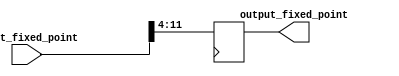
module fixed_point_converter (
    input signed [15:0] input_fixed_point,
    output reg signed [7:0] output_fixed_point
);

reg signed [3:0] integer_input;
reg signed [11:0] fractional_input;
reg signed [2:0] integer_output;
reg signed [4:0] fractional_output;
reg signed [15:0] scaled_input;

// Determine number of integer and fractional bits in input format
assign integer_input = input_fixed_point[15:12];
assign fractional_input = input_fixed_point[11:0];

// Determine number of integer and fractional bits in output format
assign integer_output = 4;
assign fractional_output = 8;

// Determine scaling factor to convert between input and output formats
assign scaled_input = input_fixed_point << 4;

// Perform necessary calculations using adders and shifters
always @ (posedge clk) begin
    output_fixed_point <= scaled_input >> 8; // Shift right by 8 bits to convert to output format
end

endmodule